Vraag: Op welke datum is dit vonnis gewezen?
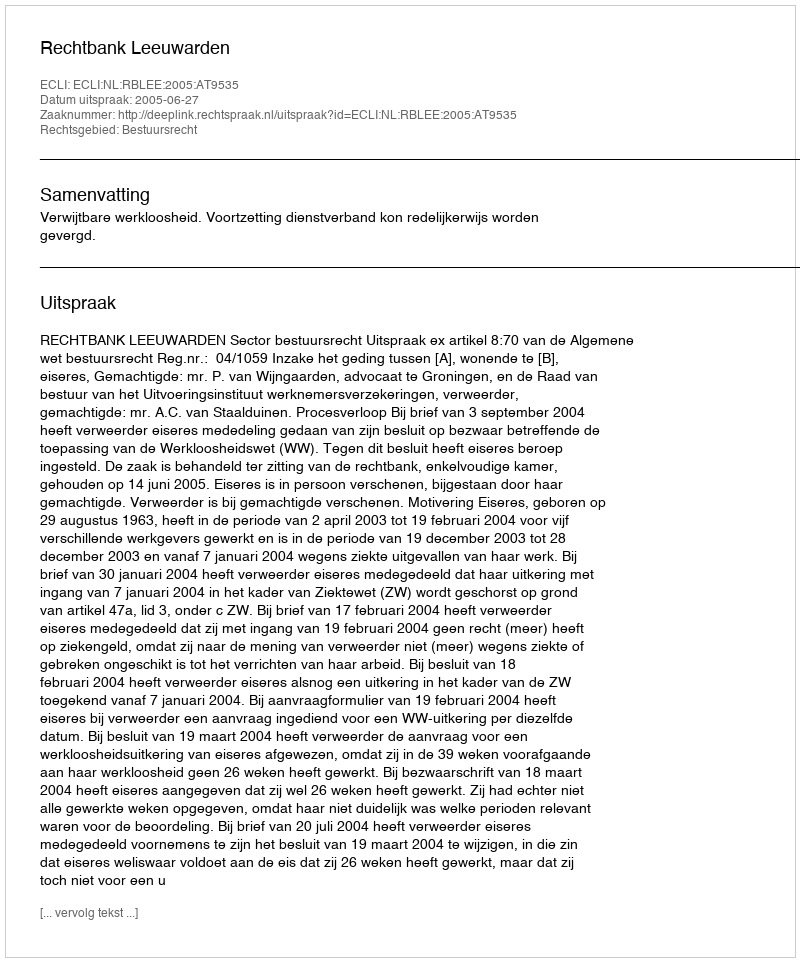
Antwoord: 2005-06-27